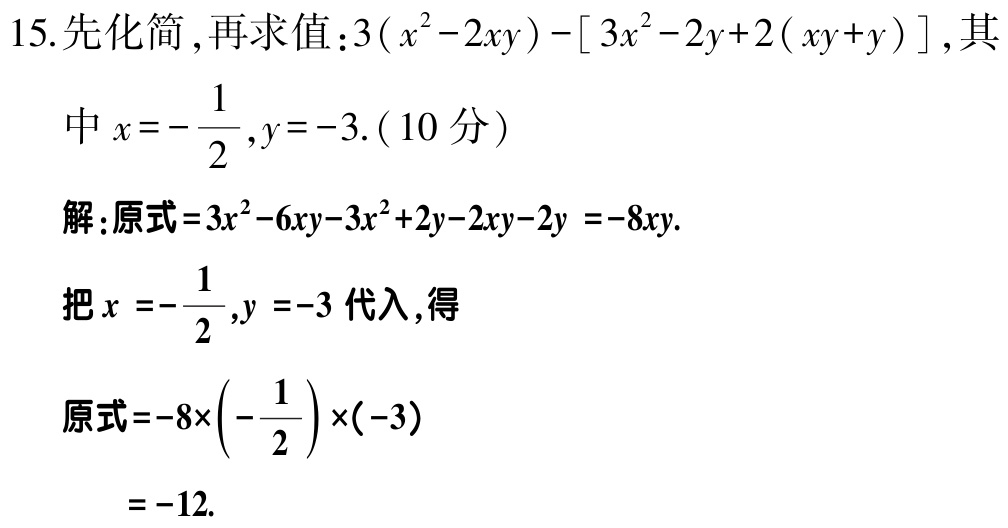
15. 先化简，再求值：\(3(x^{2}-2xy)-[3x^{2}-2y + 2(xy + y)]\)，其
中\(x = -\frac{1}{2},y = -3\).（10 分）
解：原式\(=3x^{2}-6xy - 3x^{2}+2y - 2xy - 2y=-8xy\).
把\(x = -\frac{1}{2},y = -3\)代入，得
原式\(=-8\times(-\frac{1}{2})\times(-3)\)
\(=-12\).